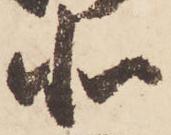
北